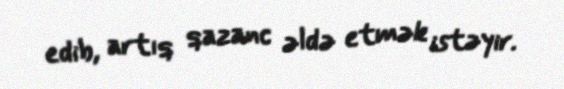
edib, artıq qazanc əldə etmək istəyir.